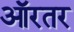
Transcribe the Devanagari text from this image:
ऑरतर